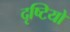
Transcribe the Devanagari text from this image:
दृष्टियो